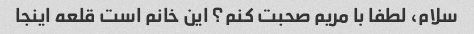
سلام، لطفا با مریم صحبت کنم؟ این خانم است قلعه اینجا